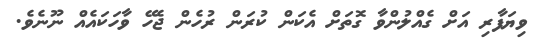
ވިޔަފާރި އަށް ގެއްލުންވާ ގޮތަށް އެކަން ކުރަން ރުހެން ޖެހޭ ވާހަކައެއް ނޫނެވެ.